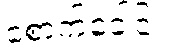
စောက်ခေါင်း